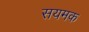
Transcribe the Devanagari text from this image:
सयमक